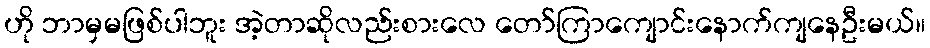
ဟို ဘာမှမဖြစ်ပါဘူး အဲ့တာဆိုလည်းစားလေ တော်ကြာကျောင်းနောက်ကျနေဦးမယ်။